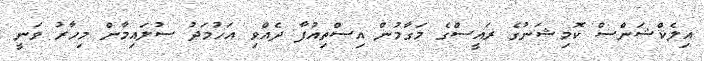
އިލެކްޝަންސް ކޮމިޝަނުގެ ރައީސްގެ މަގާމުން އިސްތިއުފާ ދެއްވި އަހުމަދު ސުލައިމާން މިހާރު ވަނީ